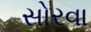
સોરવા